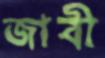
জাবী